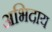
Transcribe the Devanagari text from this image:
अभिदाय